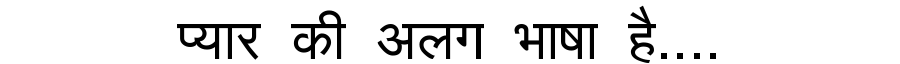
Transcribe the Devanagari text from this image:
प्यार की अलग भाषा है....